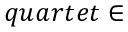
q u a r t e t \in